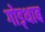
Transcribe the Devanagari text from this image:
गोड्थाब